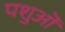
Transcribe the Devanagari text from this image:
पशुऒं